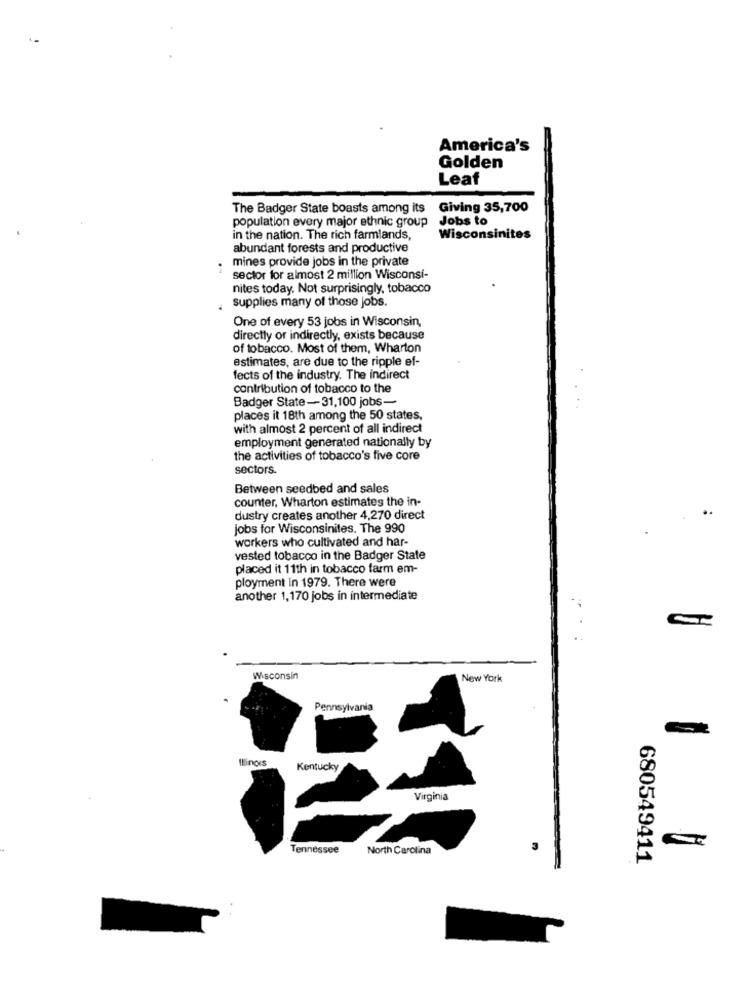
America's
Golden
Leaf
The Badger State boasts among its Giving 35,700
population every major ethnic group
Jobs to
in the nation. The rich farmlands,
Wisconsinites
abundant forests and productive
mines provide jobs in the private
sector for almost 2 million Wisconsi-
nites today. Not surprisingly, tobacco
supplies many of those jobs.
One of every 53 jobs in Wisconsin,
directly or indirectly, exists because
of tobacco. Most of them, Wharton
estimates, are due to the ripple ef-
fects of the industry. The indirect
contribution of tobacco to the
Badger State-31,100 jobs-
places it 18th among the 50 states,
with almost 2 percent of all indirect
employment generated nationally by
the activities of tobacco's five core
sectors.
Between seedbed and sales
counter, Wharton estimates the in-
dustry creates another 4,270 direct
jobs for Wisconsinites. The 990
workers who cultivated and har-
vested tobacco in the Badger State
placed it 11th in tobacco farm em-
ployment in 1979. There were
another 1,170 jobs in intermediate
Wisconsin
New York
Pennsylvania
Illinois
Kentucky
Virginia
Tennessee
North Carolina
680549411